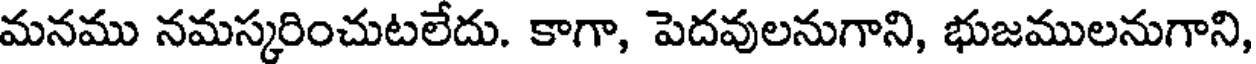
మనము నమస్కరించుటలేదు. కాగా, పెదవులనుగాని, భుజములనుగాని,